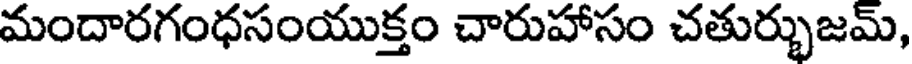
మందారగంధసంయుక్తం చారుహాసం చతుర్భుజమ్,